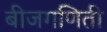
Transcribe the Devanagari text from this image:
बीजगणिती